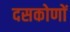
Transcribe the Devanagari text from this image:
दसकोणों